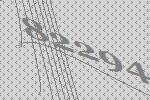
82294